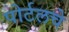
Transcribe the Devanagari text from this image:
पोर्टलचे